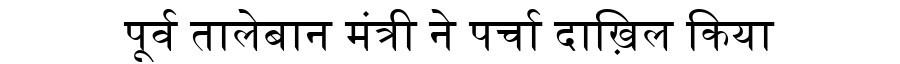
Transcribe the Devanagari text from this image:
पूर्व तालेबान मंत्री ने पर्चा दाख़िल किया